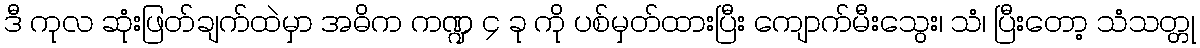
ဒီ ကုလ ဆုံးဖြတ်ချက်ထဲမှာ အဓိက ကဏ္ဍ ၄ ခု ကို ပစ်မှတ်ထားပြီး ကျောက်မီးသွေး၊ သံ၊ ပြီးတော့ သံသတ္တု